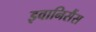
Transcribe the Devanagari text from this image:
इवानिसैंस